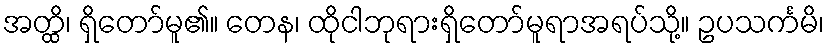
အတ္ထိ၊ ရှိတော်မူ၏။ တေန၊ ထိုငါဘုရားရှိတော်မူရာအရပ်သို့။ ဥပသင်္ကမိ၊